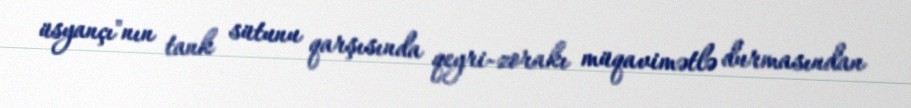
üsyançı"nın tank sütunu qarşısında qeyri-zorakı müqavimətlə durmasından